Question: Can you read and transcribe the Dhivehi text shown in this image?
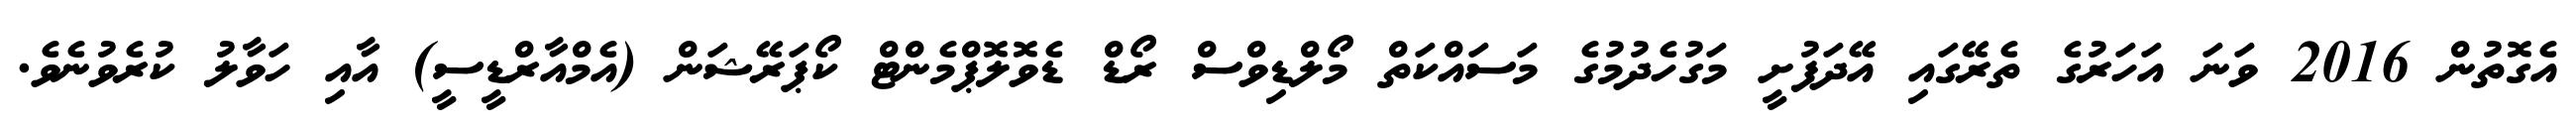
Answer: އެގޮތުން 2016 ވަނަ އަހަރުގެ ތެރޭގައި އޭދަފުށީ މަގުހެދުމުގެ މަސައްކަތް މޯލްޑިވްސް ރޯޑް ޑެވޮލޮޕްމެންޓް ކޯޕަރޭޝަން (އެމްއާރްޑީސީ) އާއި ހަވާލު ކުރެވުނެވެ.